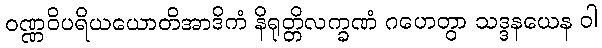
ဝဏ္ဏဝိပရိယယောတိအာဒိကံ နိရုတ္တိလက္ခဏံ ဂဟေတွာ သဒ္ဒနယေန ဝါ